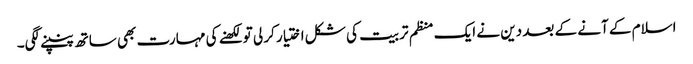
اسلام کے آنے کے بعد دین نے ایک منظم تربیت کی شکل اختیار کر لی تو لکھنے کی مہارت بھی ساتھ پنپنے لگی۔